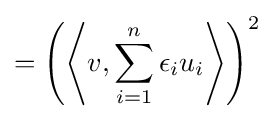
=\left(\left\langle v,\sum _{i=1}^{n}\epsilon _{i}u_{i}\right\rangle \right)^{2}